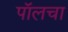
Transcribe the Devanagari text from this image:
पॉलचा